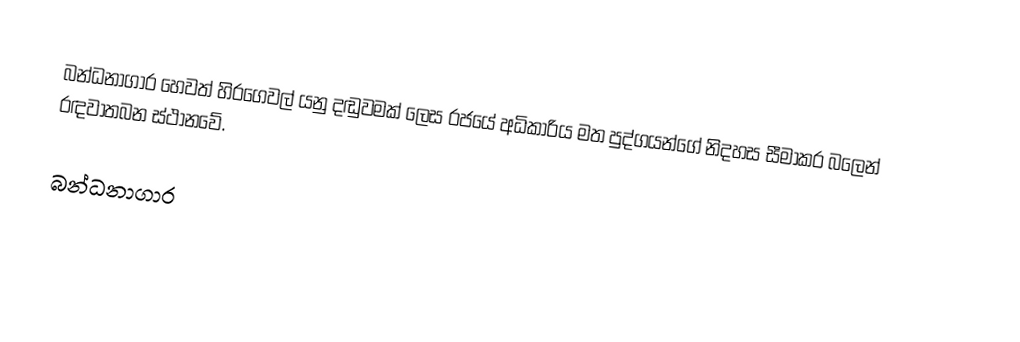
බන්ධනාගාර හෙවත් හිරගෙවල් යනු දඬුවමක් ලෙස රජයේ අධිකාරිය මත පුද්ගයන්ගේ නිදහස සීමාකර බලෙන් රඳවාතබන ස්ථානවේ.

බන්ධනාගාර